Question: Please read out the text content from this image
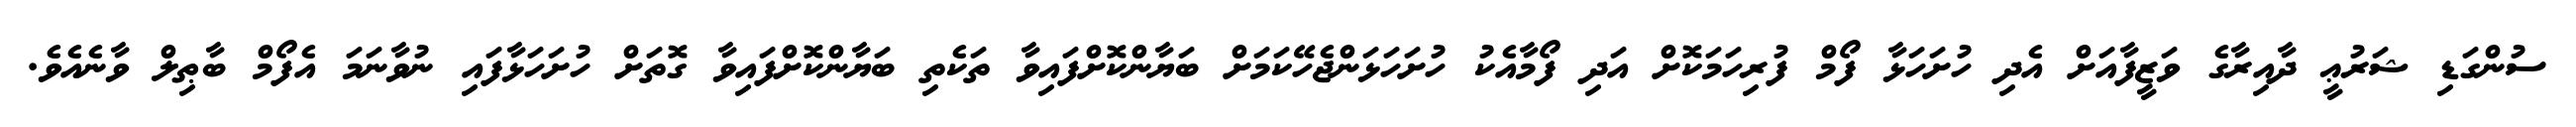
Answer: ސުންގަޑި ޝަރުޢީ ދާއިރާގެ ވަޒީފާއަށް އެދި ހުށަހަޅާ ފޯމް ފުރިހަމަކޮށް އަދި ފޯމާއެކު ހުށަހަޅަންޖެހޭކަމަށް ބަޔާންކޮށްފައިވާ ތަކެތި ބަޔާންކޮށްފައިވާ ގޮތަށް ހުށަހަޅާފައި ނުވާނަމަ އެފޯމް ބާޠިލް ވާނެއެވެ.